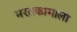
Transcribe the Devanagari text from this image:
भरतकामाला